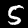
Digit: 5